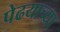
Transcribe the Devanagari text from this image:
पेढयाच्या